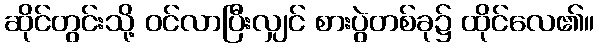
ဆိုင်တွင်းသို့ ဝင်လာပြီးလျှင် စားပွဲတစ်ခု၌ ထိုင်လေ၏။